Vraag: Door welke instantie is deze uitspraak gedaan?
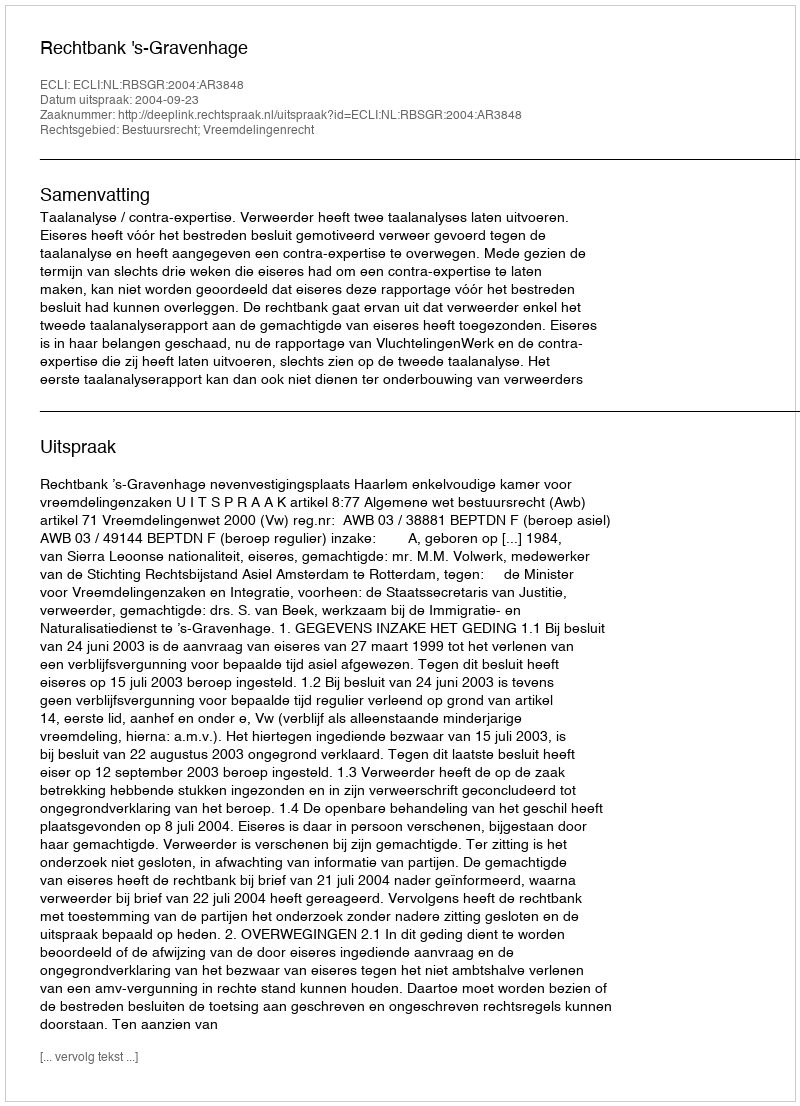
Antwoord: Rechtbank 's-Gravenhage